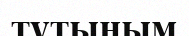
тұтыным